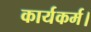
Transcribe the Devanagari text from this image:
कार्यकर्म।